画像に写った文字を読んでください
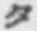
「タ」と書いてあります